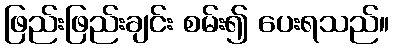
ဖြည်းဖြည်းချင်း စမ်း၍ ပေးရသည်။